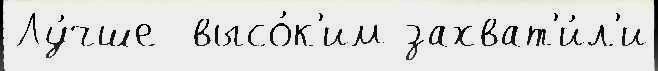
Лу́чше  высо́к'им захват'и́л'и